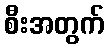
စီးအတွက်